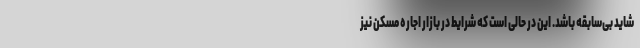
شاید بی‌سابقه باشد. این در حالی است که شرایط در بازار اجاره مسکن نیز